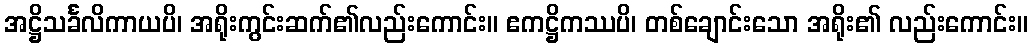
အဋ္ဌိသင်္ခလိကာယပိ၊ အရိုးကွင်းဆက်၏လည်းကောင်း။ ဧကဋ္ဌိကဿပိ၊ တစ်ချောင်းသော အရိုး၏ လည်းကောင်း။